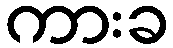
ကားခ